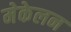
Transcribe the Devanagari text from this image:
मेकेलन